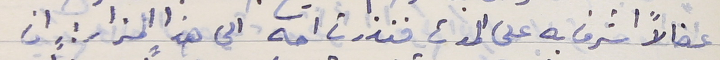
عضالاً اشرف به على الموت فنذرت امه الى هذا المزار : " ان